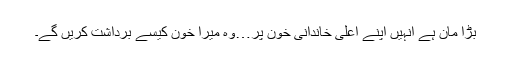
بڑا مان ہے انہیں اپنے اعلیٰ خاندانی خون پر…وہ میرا خون کیسے برداشت کریں گے۔